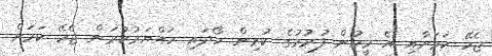
ޖެހޭ ކަމަށާއި އެ މީހުން ފުރުމުގެ ކުރިން ހޯދައި ހައްޔަރުކުރަން ޖެހޭ ކަމަށް